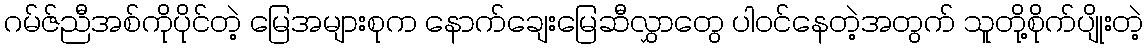
ဂမ်ဇ်ညီအစ်ကိုပိုင်တဲ့ မြေအများစုက နောက်ချေးမြေဆီလွှာတွေ ပါဝင်နေတဲ့အတွက် သူတို့စိုက်ပျိုးတဲ့